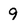
Character: 9